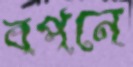
বপনে